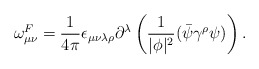
\begin{align*}\omega^{F}_{\mu \nu} = \frac{1}{4\pi} \epsilon_{\mu\nu\lambda\rho}\partial^{\lambda} \left( \frac{1}{|\phi|^{2}} (\bar{\psi} \gamma^{\rho}\psi ) \right).\end{align*}